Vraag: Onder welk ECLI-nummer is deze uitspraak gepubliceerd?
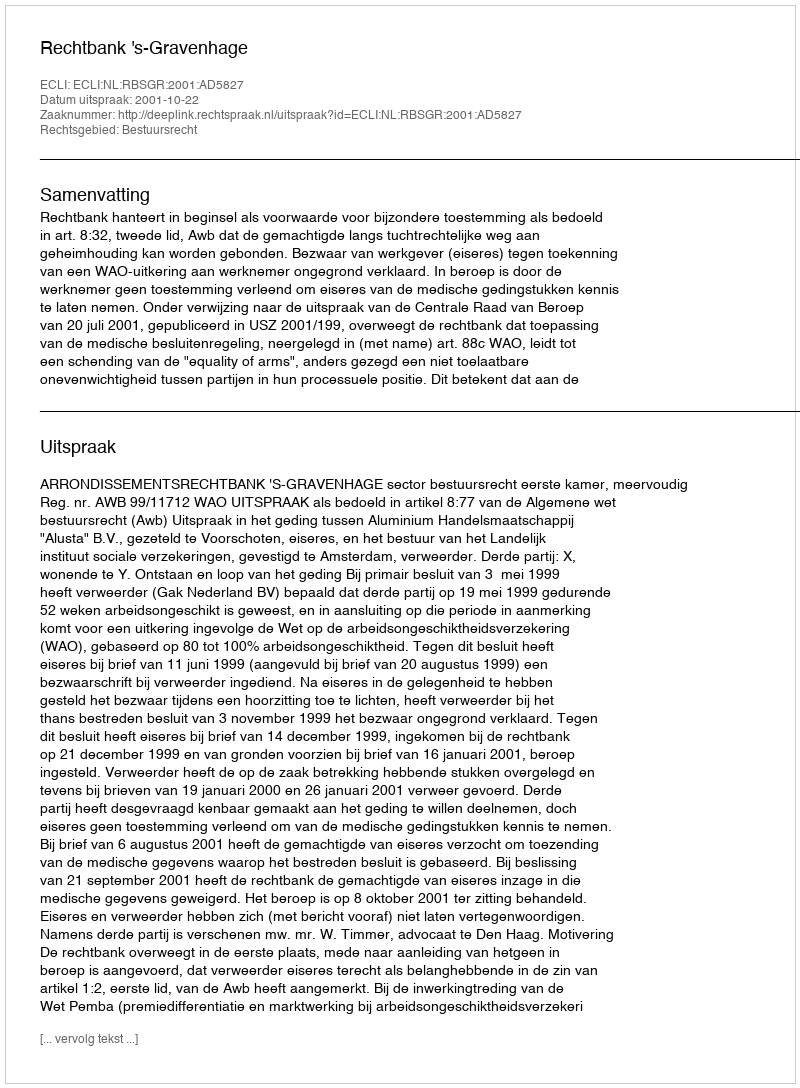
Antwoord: ECLI:NL:RBSGR:2001:AD5827